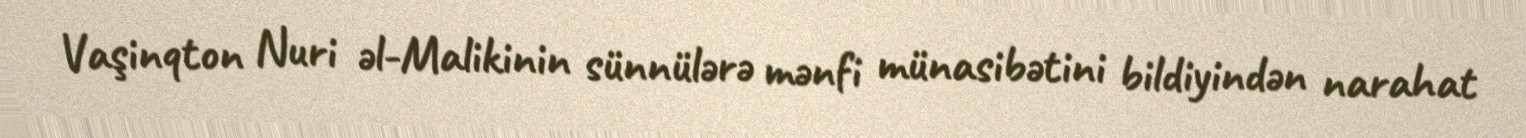
Vaşinqton Nuri əl-Malikinin sünnülərə mənfi münasibətini bildiyindən narahat